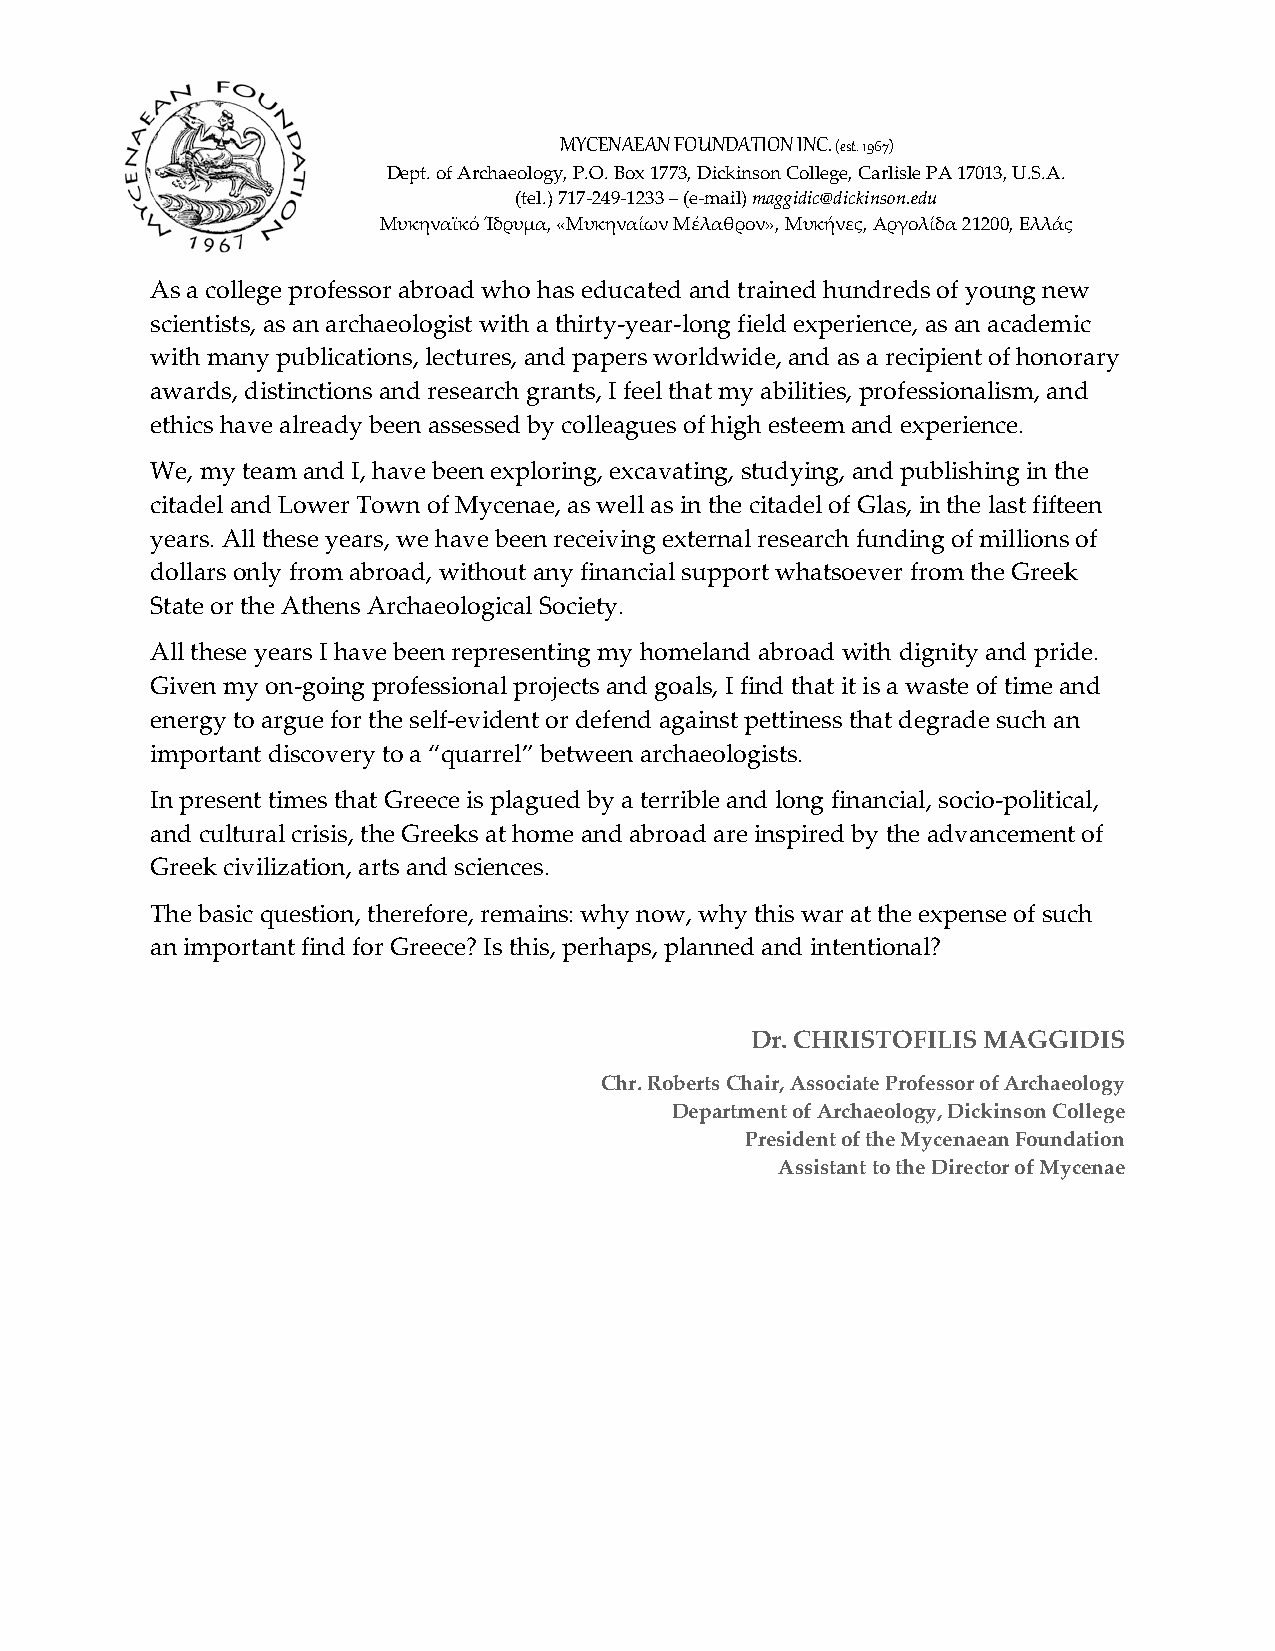
MYCENAEAN FOUNDATION INC. (est. 1967)
 Dept. of Archaeology, P.O. Box 1773, Dickinson College, Carlisle PA 17013, U.S.A.
 (tel.) 717-249-1233 – (e-mail) maggidic@dickinson.edu
 Μυκηναϊκό Ίδρυμα, «Μυκηναίων Μέλαθρον», Μυκήνες, Αργολίδα 21200, Ελλάς
 As a college prof essor abroad who has educated and trained hundreds of young new
 scientists, as an archaeologist with a thirty-year-long field experience, as an academic
 with many publications, lectures, and papers worldwide, and as a recipient of honorary
 awards, distinctions and research grants, I feel that my abilities, professionalism, and
 ethics have already been assessed by colleagues of high esteem and experience.
 We, my team and I, have been exploring, excavating, studying, and publishing in the
 citadel and Lower Town of Mycenae, as well as in the citadel of Glas, in the last fifteen
 years. All these years, we have been receiving external research funding of millions of
 dollars only from abroad, without any financial support whatsoever from the Greek
 State or the Athens Archaeological Society.
 All these years I have been representing my homeland abroad with dignity and pride.
 Given my on-going professional projects and goals, I find that it is a waste of time and
 energy to argue for the self-evident or defend against pettiness that degrade such an
 important discovery to a “quarrel” between archaeologists.
 In present times that Greece is plagued by a terrible and long financial, socio-political,
 and cultural crisis, the Greeks at home and abroad are inspired by the advancement of
 Greek civilization, arts and sciences.
 The basic question, therefore, remains: why now, why this war at the expense of such
 an important find for Greece? Is this, perhaps, planned and intentional?
 Dr. CHRISTOFILIS MAGGIDIS
 Chr. Roberts Chair, Associate Professor of Archaeology
 Department of Archaeology, Dickinson College
 President of the Mycenaean Foundation
 Assistant to the Director of Mycenae